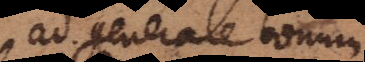
ad generale bonum